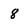
Character: 8